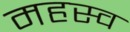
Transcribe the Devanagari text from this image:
महस्व